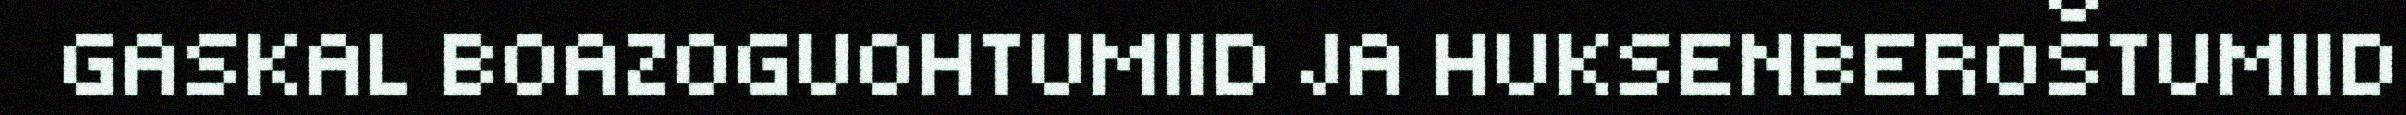
GASKAL BOAZOGUOHTUMIID JA HUKSENBEROŠTUMIID